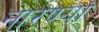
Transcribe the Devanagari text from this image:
नारण्यां